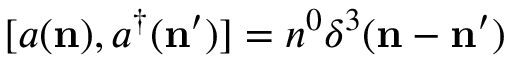
\lbrack a ( { \bf n } ) , a ^ { \dagger } ( { \bf n } ^ { \prime } ) ] = n ^ { 0 } \delta ^ { 3 } ( { \bf n } - { \bf n } ^ { \prime } )